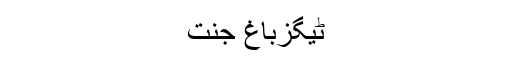
ٹیگزباغ جنت